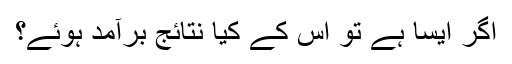
اگر ایسا ہے تو اس کے کیا نتائج برآمد ہوئے؟